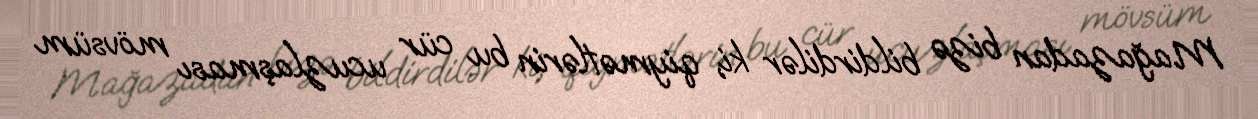
Mağazadan bizə bildirdilər ki, qiymətlərin bu cür ucuzlaşması mövsüm